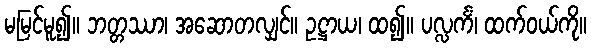
မမြင်မူ၍။ ဘတ္တဿာ၊ အဆောတလျှင်။ ဥဋ္ဌာယ၊ ထ၍။ ပလ္လင်္ကံ၊ ထက်ဝယ်ကို။